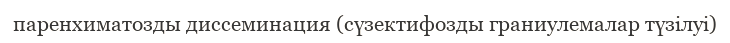
паренхиматозды диссеминация (сүзектифозды граниулемалар түзілуі)